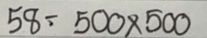
58 = 500 x 500